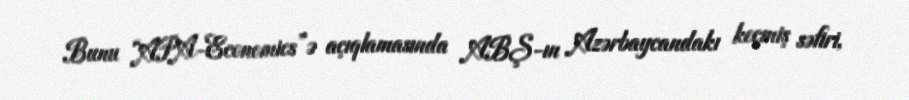
Bunu “APA-Economics”ə açıqlamasında ABŞ-ın Azərbaycandakı keçmiş səfiri,